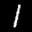
Label: 1